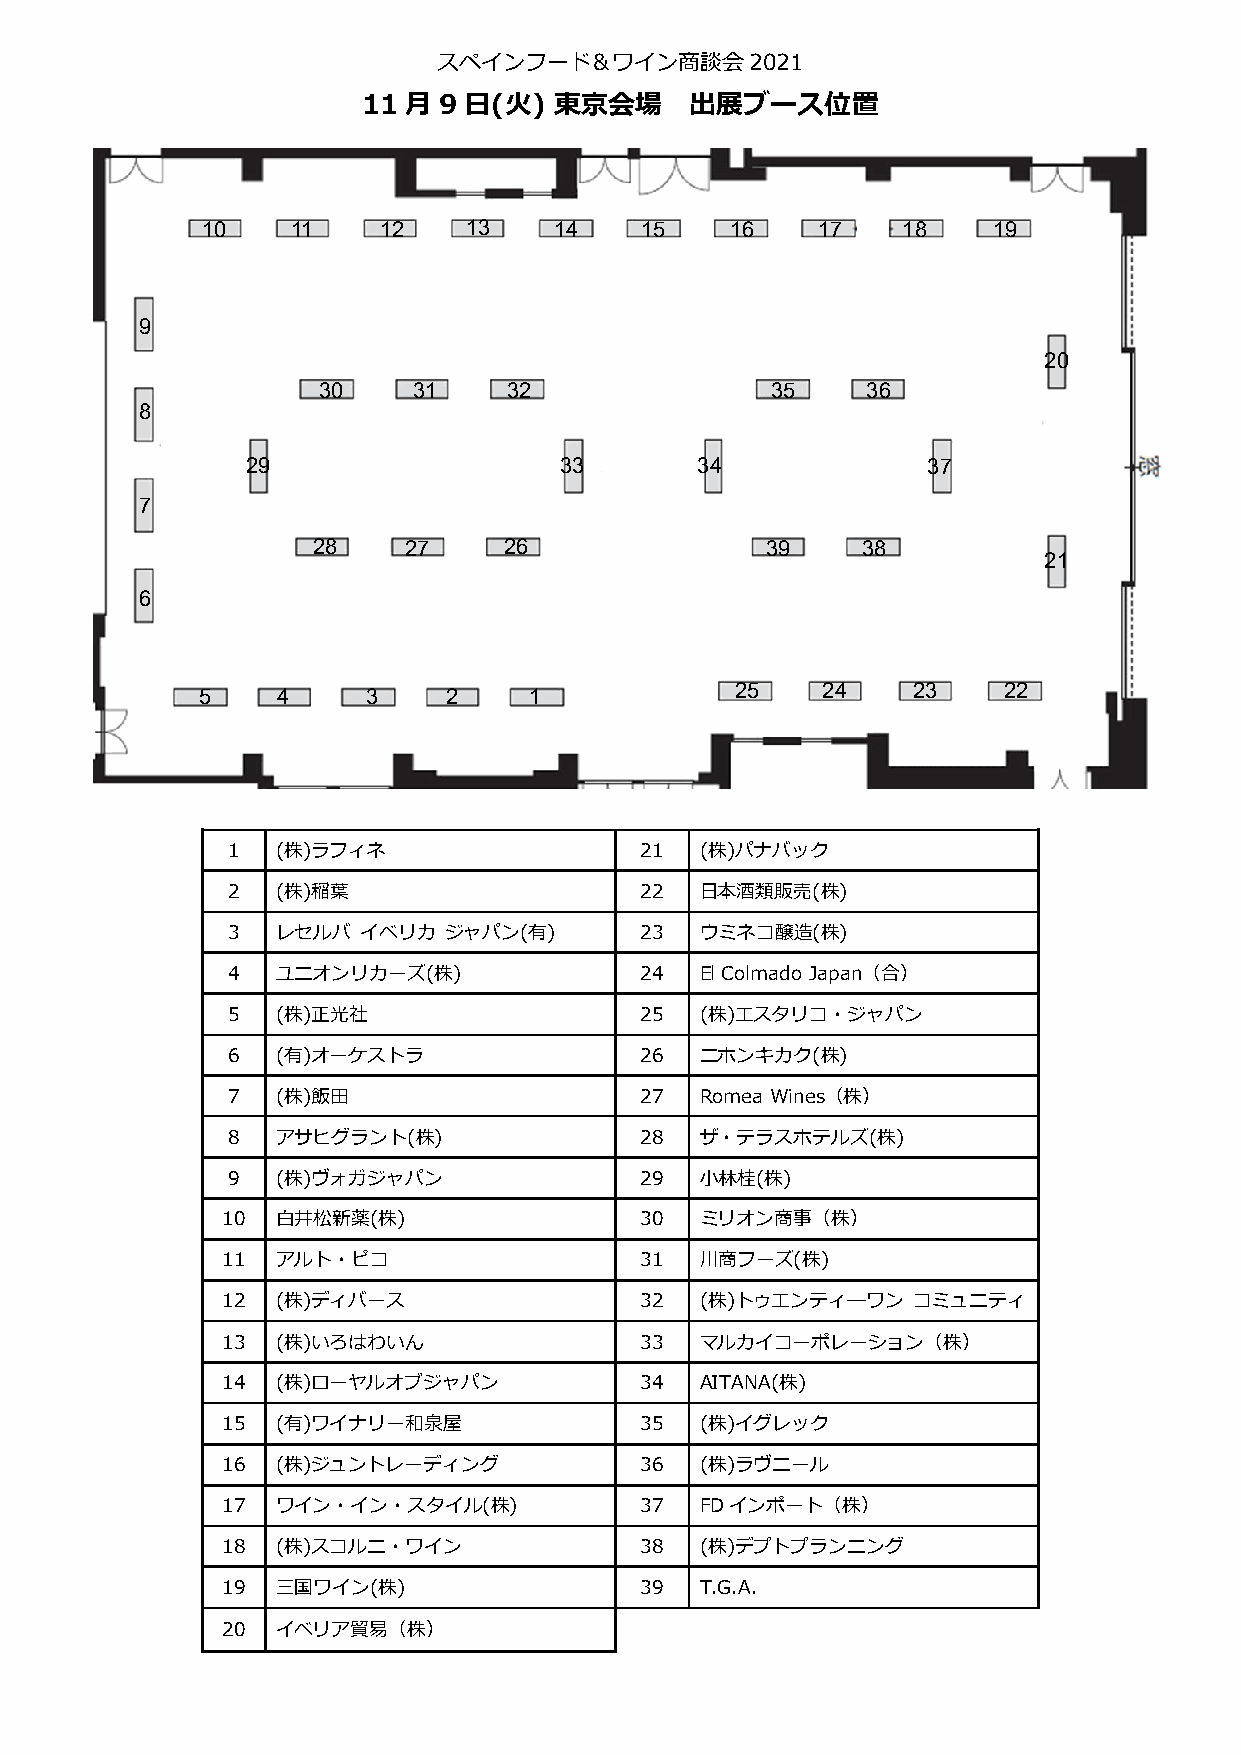
スペインフード＆ワイン商談会2021
 11 月 9 日(火)  東京会場     出展ブース位置
 10    11    12    13    14   15    16    17    18    19
 9
 20
 30    31     32               35    36
 8
 29                   33       34             37
 7
 28    27    26                39    38
 21
 6
 5    4     3    2     1             25   24    23    22
 1  (株)ラフィネ                 21  (株)パナバック
 2  (株)稲葉                   22  日本酒類販売(株)
 3  レセルバ  イベリカ ジャパン(有)      23  ウミネコ醸造(株)
 4  ユニオンリカーズ(株)             24  El Colmado Japan（合）
 5  (株)正光社                  25  (株)エスタリコ・ジャパン
 6  (有)オーケストラ               26  ニホンキカク(株)
 7  (株)飯田                   27  Romea Wines（株）
 8  アサヒグラント(株)              28  ザ・テラスホテルズ(株)
 9  (株)ヴォガジャパン              29  小林桂(株)
 10 白井松新薬(株)                30  ミリオン商事（株）
 11 アルト・ピコ                  31  川商フーズ(株)
 12 (株)ディバース                32  (株)トゥエンティ―ワン  コミュニティ
 13 (株)いろはわいん               33  マルカイコーポレーション（株）
 14 (株)ローヤルオブジャパン           34  AITANA(株)
 15 (有)ワイナリー和泉屋             35  (株)イグレック
 16 (株)ジュントレーディング           36  (株)ラヴニール
 17 ワイン・イン・スタイル(株)          37  FDインポート（株）
 18 (株)スコルニ・ワイン             38  (株)デプトプランニング
 19 三国ワイン(株)                39  T.G.A.
 20 イベリア貿易（株）